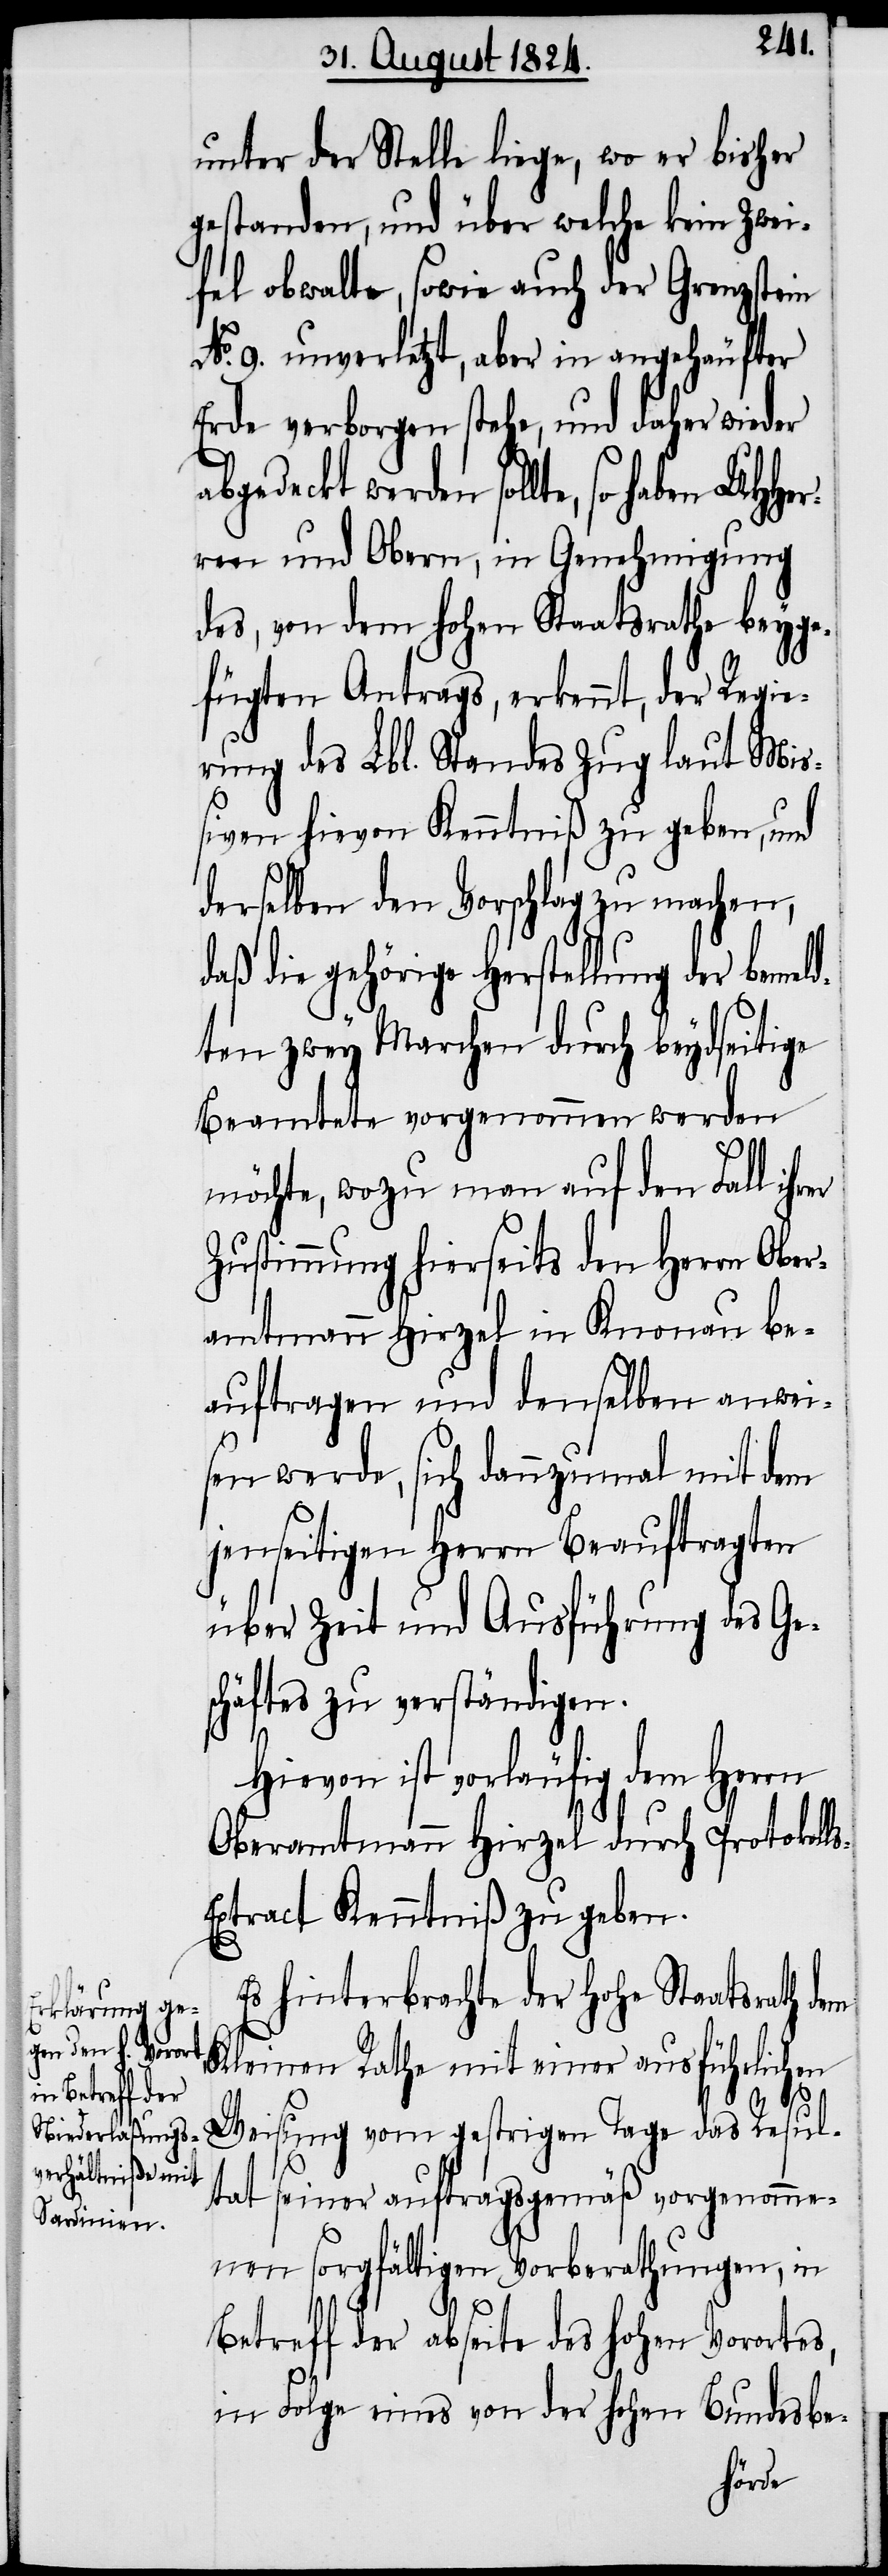
unter der Stelle liege, wo er bisher
gestanden, und über welche kein Zwei¬
fel obwalte, sowie auch der Grenzstein
No. 9. unverletzt, aber in angehäufter
Erde verborgen stehe, und daher wieder
lte, so haben UHHer¬
ren und Obern, in Genehmigung
des, von dem hohen Staatsrathe beyge¬
fügten Antrags, erkennt, der Regie¬
rung des Lbl. Standes Zug laut Mi¬
ßiven hievon Kenntniß zu geben, und
derselben den Vorschlag zu machen,
die gehörige Herstellung der beme¬
ten zwey Marchen durch beydseitige
Beamtete vorgenommen werden
s-E¬
möchte, wozu man auf den Fall ihrer
Zustimmung hierseits den Herrn Ober¬
amtmann Hirzel in Knonau be¬
auftragen und denselben anwei¬
sen werde, sich dannzumal mit dem
jenseitigen Herrn Beauftragten
über Zeit und Ausführung des Ge¬
schäftes zu verständigen.
Hievon ist vorläufig dem Herrn
Oberamtmann Hirzel durch Protokoll¬
xtract Kenntniß zu geben.
Es hinterbrachte der Hohe Staatsrath
Kleinen Rathe mit einer ausführlichen
Weisung vom gestrigen Tage das Resul¬
tat seiner auftragsgemäß vorgenomme¬
nen sorgfältigen Vorberathungen, in
Betreff der abseite des hohen Vorortes,
in Folge eines von der hohen Bundesbe-